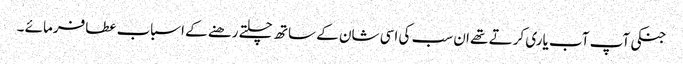
جنکی آپ آب یاری کرتے تھے ان سب کی اسی شان کے ساتھ چلتے رھنے کے اسباب عطافرمائے ۔